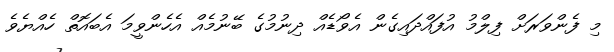
މި ފެންވަރަށް ފިލްމު އުފައްދައިގެން އެވޯޑެއް ދިނުމުގެ ބޭނުމެއް އެހެންވީމަ އެބައޮތް ހެއްޔެވެ